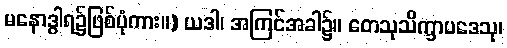
မနောဒွါရ၌ဖြစ်ပုံကား။) ယဒါ၊ အကြင်အခါ၌။ တေသုသိက္ခာပဒေသု၊